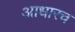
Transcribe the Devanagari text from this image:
आधारच